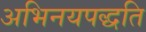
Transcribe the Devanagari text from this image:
अभिनयपद्धति